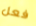
فعل